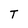
Character: T